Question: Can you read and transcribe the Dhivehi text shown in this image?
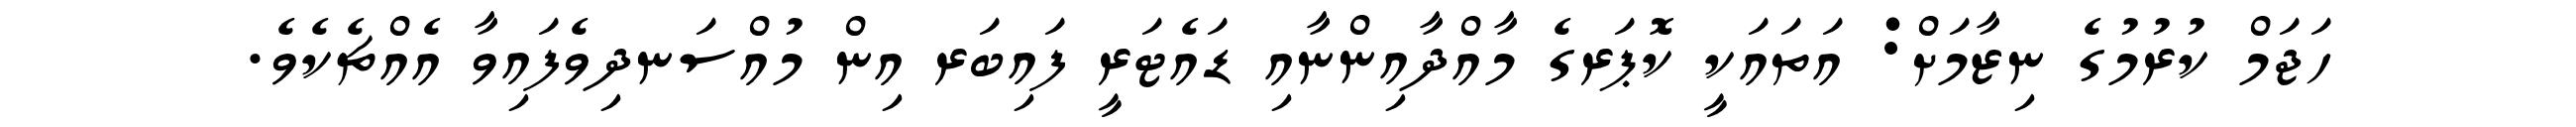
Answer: ހަޖަމް ކުރުމުގެ ނިޒާމަށް: އަތައަކީ ކޮޕަރގެ މާއްދާއިންނާއި ޑައެޓަރީ ފައިބަރ އިން މުއްސަނދިވެފައިވާ އެއްޗެކެވެ.